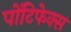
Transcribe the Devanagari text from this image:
पोंटिफेक्स